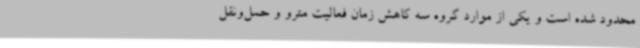
محدود شده است و یکی از موارد گروه سه کاهش زمان فعالیت مترو و حمل‌ونقل